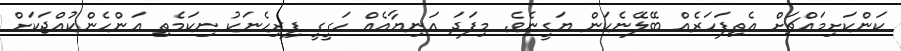
ކަންކަށިމައްޗަށް އެތިފަހަރެއް ބޭލޭނެކަން ޔަގީނެވެ. މިފަދަ އަނިޔާއެއް ހަގީގީ ފިރިހެނަކު ނިކަމެތި އަންހެންކުއްޖަކަށް